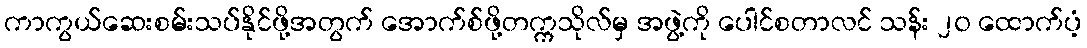
ကာကွယ်ဆေးစမ်းသပ်နိုင်ဖို့အတွက် အောက်စ်ဖို့တက္ကသိုလ်မှ အဖွဲ့ကို ပေါင်စတာလင် သန်း ၂၀ ထောက်ပံ့